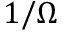
1 / \Omega